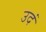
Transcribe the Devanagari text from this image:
उदं